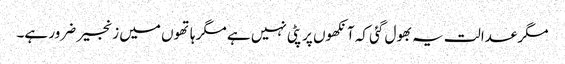
مگر عدالت یہ بھول گئی کہ آنکھوں پر پٹی نہیں ہے مگر ہاتھوں میں زنجیر ضرور ہے۔